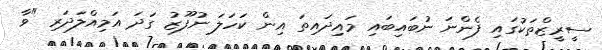
ސީރީޒްތަކުގައި ފެންނަ ނުބައިބައި މައިދައިތަ އިން ކަހަލަ ނުފޫޒު ގަދަ އަމިއްލަދަރި "ވާ